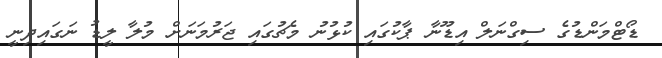
ޑޯޓްމަންޑުގެ ސިގްނަލް އިޑޫނާ ޕާކުގައި ކުޅުނު މެޗުގައި ޖަރުމަނަށް މުލާ ލީޑު ނަގައިދިނީ